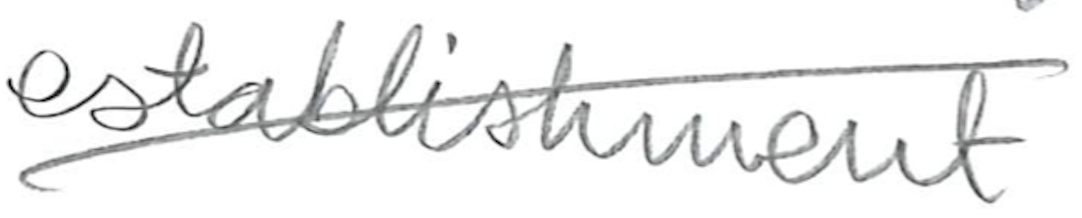
Text: establishment
Cross-out: diagonal
Writing tool: pencil